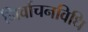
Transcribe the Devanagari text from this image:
निर्वाचनविधि